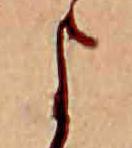
よ